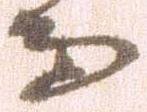
而